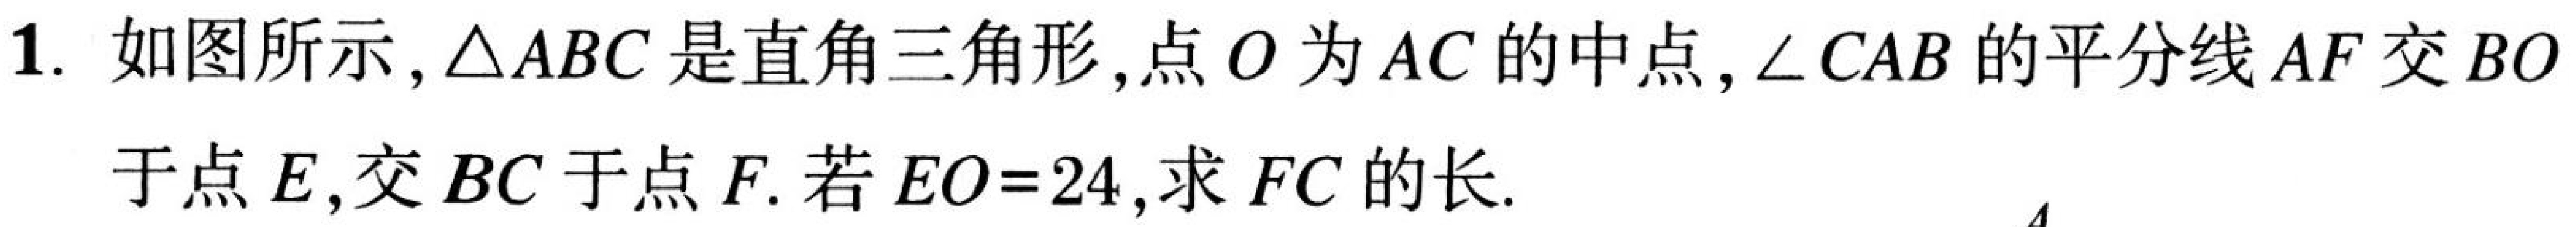
1. 如图所示,\(\triangle ABC\)是直角三角形,点\(O\)为\(AC\)的中点,\(\angle CAB\)的平分线\(AF\)交\(BO\)于点\(E\),交\(BC\)于点\(F\).若\(EO = 24\),求\(FC\)的长.